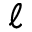
\ell